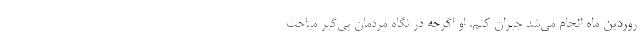
روردین ماه انجام می‌شد جبران کنم. او اگرچه در نگاه مردمان پی‌گیر مباحث